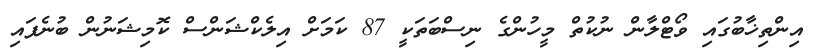
އިންތިޚާބުގައި ވޯޓްލާން ނުކުތް މީހުންގެ ނިސްބަތަކީ 87 ކަމަށް އިލެކްޝަންސް ކޮމިޝަނުން ބުނެފައި